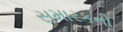
સમારકની